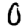
Digit: 0